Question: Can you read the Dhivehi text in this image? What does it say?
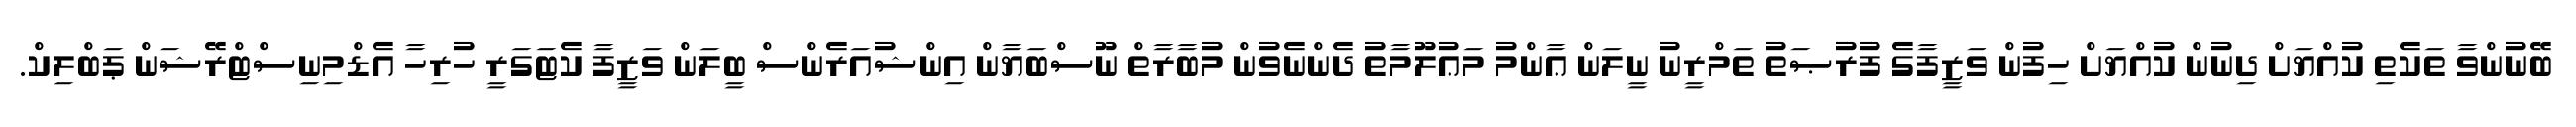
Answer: ބޭނުންވާ ތަކެތި ކުއްޔަށް ދިނުން ކުއްޔަށް ހިފުން ވަޒީފާގެ ފުރުޞަތު ތަމްރީނު ނީލަން ޢާންމު މަޢުލޫމާތު ދެންނެވުން މުބާރާތް ނޫސްބަޔާން އިންޝުއަރެންސް ބީލަން ވަޒީފާ ކެޓަގަރީ ހުރިހާ އެޑްމިނިސްޓްރޭޝަން ޕަބްލިކް.